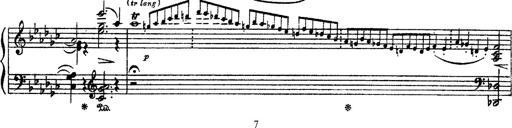
Title: Sarabande und Chaconne aus dem Singspiel
Composer: Franz Liszt